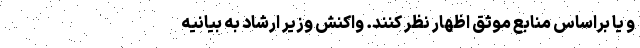
و یا براساس منابع موثق اظهار نظر کنند. واکنش وزیر ارشاد به بیانیه